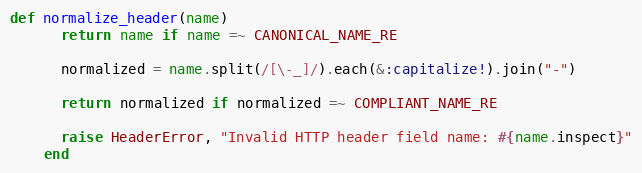
Language: Ruby
def normalize_header(name)
      return name if name =~ CANONICAL_NAME_RE

      normalized = name.split(/[\-_]/).each(&:capitalize!).join("-")

      return normalized if normalized =~ COMPLIANT_NAME_RE

      raise HeaderError, "Invalid HTTP header field name: #{name.inspect}"
    end